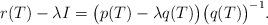
LaTeX: \begin{align*}r(T)-{\lambda}I=\big(p(T)-{\lambda}q(T)\big)\big(q(T)\big)^{-1}.\end{align*}